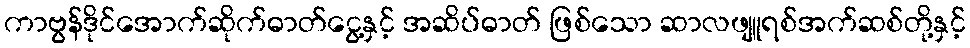
ကာဗွန်ဒိုင်အောက်ဆိုက်ဓာတ်ငွေ့နှင့် အဆိပ်ဓာတ် ဖြစ်သော ဆာလဖျူရစ်အက်ဆစ်တို့နှင့်